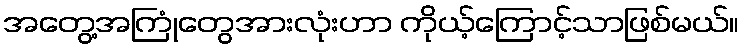
အတွေ့အကြုံတွေအားလုံးဟာ ကိုယ့်ကြောင့်သာဖြစ်မယ်။